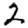
Digit: 2